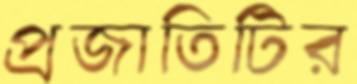
প্রজাতিটির